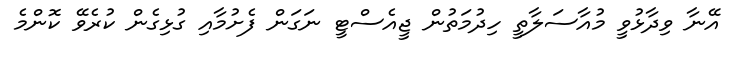
އޭނާ ވިދާޅުވީ މުއާސަލާތީ ހިދުމަތުން ޖީއެސްޓީ ނަގަން ފެށުމާއި ގުޅިގެން ކުރެވޭ ކޮންމެ